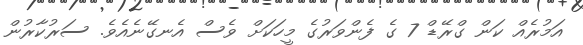
އަމުރެއް ކަން ގްރޭޑް 7 ގެ ފެންވަރުގެ މީހަކަށް ވެސް އެނގޭނެއެވެ. ސަރުކާރުން